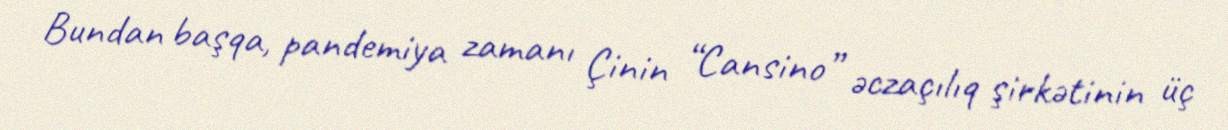
Bundan başqa, pandemiya zamanı Çinin “Cansino” əczaçılıq şirkətinin üç